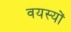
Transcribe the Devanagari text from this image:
वयस्यों